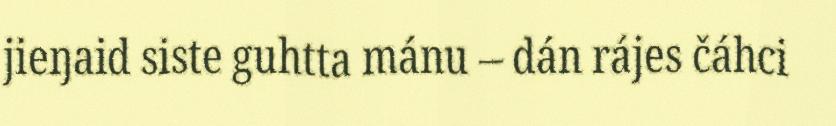
jieŋaid siste guhtta mánu – dán rájes čáhci